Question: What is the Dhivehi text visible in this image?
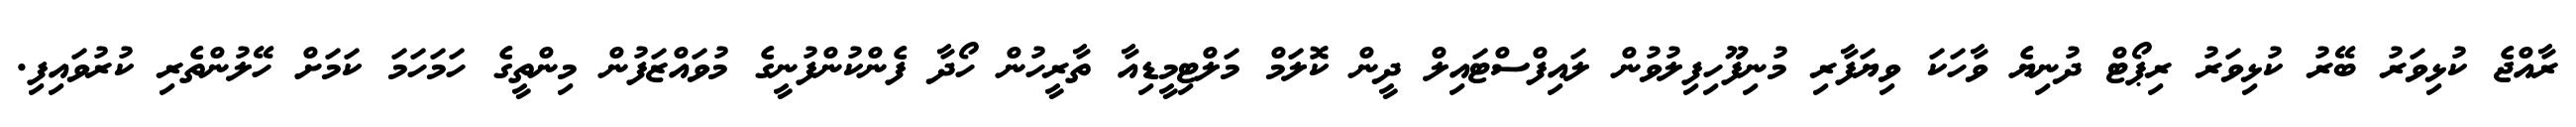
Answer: ރާއްޖެ ކުޅިވަރު ބޭރު ކުޅިވަރު ރިޕޯޓް ދުނިޔެ ވާހަކަ ވިޔަފާރި މުނިފޫހިފިލުވުން ލައިފްސްޓައިލް ދީން ކޮލަމް މަލްޓިމީޑިއާ ތާރީހުން ހޯދާ ފެންކުންފުނީގެ މުވައްޒަފުން މިންތީގެ ހަމަހަމަ ކަމަށް ހޭލުންތެރި ކުރުވައިފި.